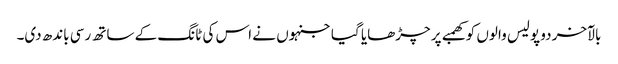
بالآخر دو پولیس والوں کو کھمبے پر چڑھایا گیا جنہوں نے اس کی ٹانگ کے ساتھ رسی باندھ دی۔